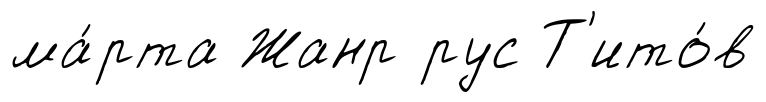
ма́рта Жанр рус Т'ито́в